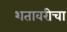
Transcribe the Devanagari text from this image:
शतावरीचा